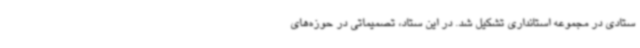
ستادی در مجموعه استانداری تشکیل شد. در این ستاد، تصمیماتی در حوزه‌های